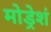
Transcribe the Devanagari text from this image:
मोड्रेशं